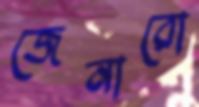
জেনারো